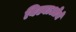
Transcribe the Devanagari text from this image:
बिल्बाओचे